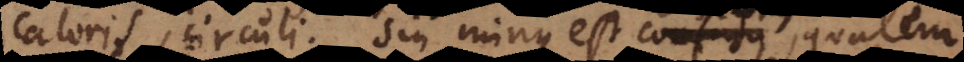
coloris, circuli; sin minus est obscurus, qualem